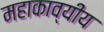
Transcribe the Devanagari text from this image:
महाकाव्यीय